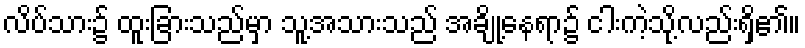
လိပ်သား၌ ထူးခြားသည်မှာ သူ့အသားသည် အချို့နေရာ၌ ငါးကဲ့သို့လည်းရှိ၏။